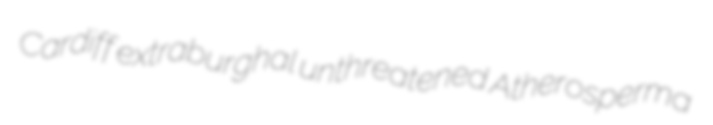
Cardiff extraburghal unthreatened Atherosperma